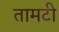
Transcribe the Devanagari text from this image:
तामटी